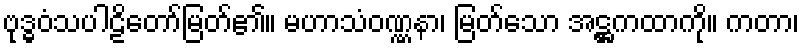
ဗုဒ္ဓဝံသပါဠိတော်မြတ်၏။ မဟာသံဝဏ္ဏနာ၊ မြတ်သော အဋ္ဌကထာကို။ ကတာ၊